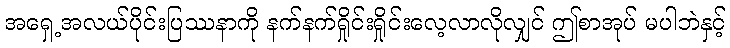
အရှေ့အလယ်ပိုင်းပြဿနာကို နက်နက်ရှိုင်းရှိုင်းလေ့လာလိုလျှင် ဤစာအုပ် မပါဘဲနှင့်